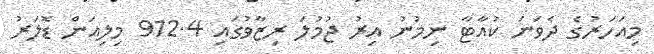
މިއަހަރުގެ ދެވަނަ ކުއާޓާ ނިމުނު އިރު ޖުމުލަ ރިޒާވުގައި 912.4 މިލިއަން ޑޮލަރު